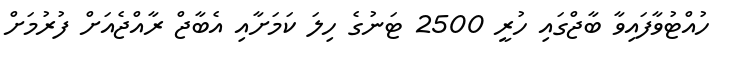
ހުއްޓުވާފައިވާ ބާޖްގައި ހުރީ 2500 ޓަނުގެ ހިލަ ކަމަށާއި އެބާޖް ރާއްޖެއަށް ފުރުމަށް